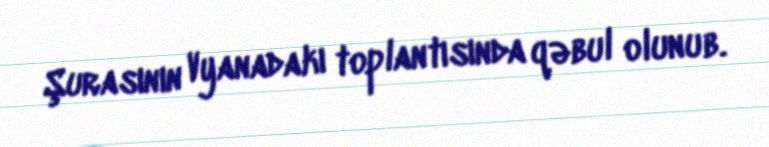
Şurasının Vyanadakı toplantısında qəbul olunub.